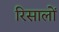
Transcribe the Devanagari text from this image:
रिसालों